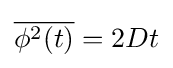
{\overline {\phi ^{2}(t)}}=2Dt